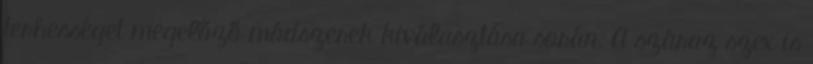
terhességet megelőző módszerek kiválasztása során. A száraz szex is